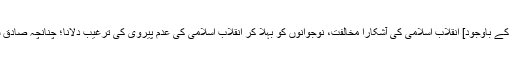
[سیاست سے دوری کا دعوی کرنے کے باوجود] انقلاب اسلامی کی آشکارا مخالفت، نوجوانوں کو بہلا کر انقلاب اسلامی کی عدم پیروی کی ترغیب دلانا؛ چنانچہ صادق شیرازی خود کہتا ہے: “اے نوجوانو!